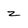
Character: z